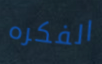
الفكره